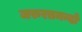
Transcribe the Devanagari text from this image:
जरुरतमन्दो